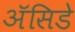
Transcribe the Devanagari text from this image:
ॲसिडे